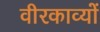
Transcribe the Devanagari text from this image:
वीरकाव्यों